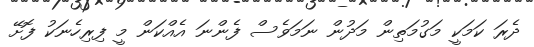
ދެރަ ކަމަކީ މަގުމަތިން މަދުން ނަމަވެސް ފެންނަ އެއްކަން މީ ފިރިހެނަކު ފޮށޭ